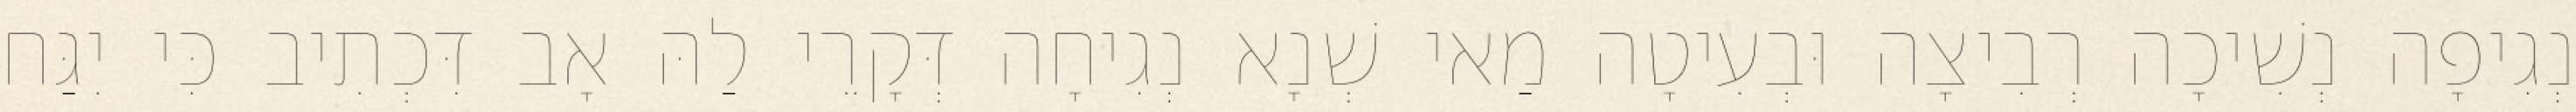
נְגִיפָה נְשִׁיכָה רְבִיצָה וּבְעִיטָה מַאי שְׁנָא נְגִיחָה דְּקָרֵי לַהּ אָב דִּכְתִיב כִּי יִגַּח